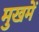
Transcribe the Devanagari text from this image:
मुखमें